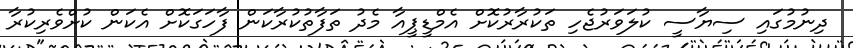
ދިނުމުގައި ސިޔާސީ ކުލަވަރުޖެހި ތަކުރާރުކޮށް އެމްޑީޕީއާ މެދު ތަފާތުކުރާކަން ފާހަގަކޮށް އެކަން ކުށްވެރިކުރާ